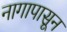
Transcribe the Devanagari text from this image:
नागापासून